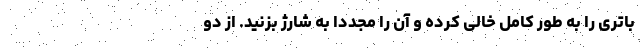
باتری را به طور کامل خالی کرده و آن را مجددا به شارژ بزنید. از دو